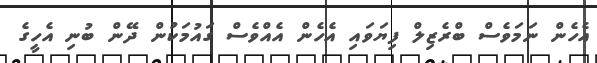
އެހެން ނަމަވެސް ބްރެޒިލް ފިޔަވައި އެހެން އެއްވެސް ގައުމަކުން ދޭން ބުނި އެހީގެ